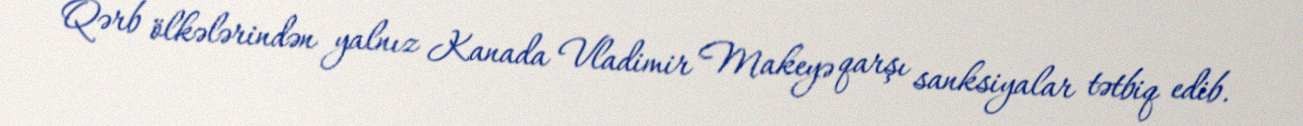
Qərb ölkələrindən yalnız Kanada Vladimir Makeyə qarşı sanksiyalar tətbiq edib.